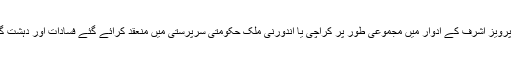
جنرل ایوب،جنرل ضیاء،اور جنرل پرویز اشرف کے ادوار میں مجموعی طور پر کراچی یا اندورنی ملک حکومتی سرپرستی میں منعقد کرائے گئے فسادات اور دہشت گردی کے واقعات کی تعداد کیا ہے؟